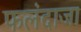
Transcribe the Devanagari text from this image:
फलंदाजा